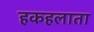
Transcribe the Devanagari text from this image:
हकहलाता